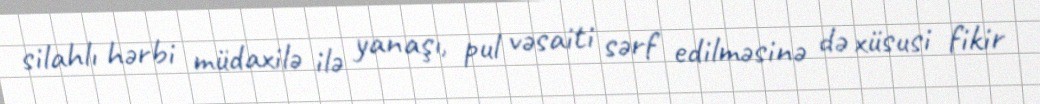
silahlı hərbi müdaxilə ilə yanaşı, pul vəsaiti sərf edilməsinə də xüsusi fikir